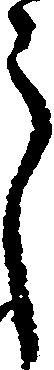
う